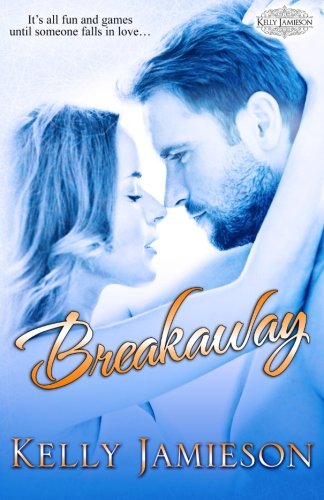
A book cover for Breakaway: Heller Brothers Hockey Book 1 (Heller Bothers Hockey) (Volume 1); Kelly Jamieson; Romance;